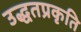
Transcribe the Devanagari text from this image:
उद्धतप्रकृति